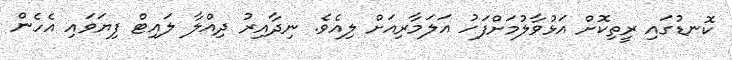
ކޮނޑުގައި ރީތިކޮށް އަޅުވާލުމަށްފަހު އަލަމާރިއަށް ލިއެވެ. ނިދާއިރު ދިއްލާ ލައިޓް ފިޔަވައި އެހެން